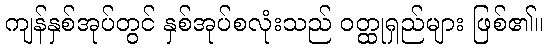
ကျန်နှစ်အုပ်တွင် နှစ်အုပ်စလုံးသည် ဝတ္ထုရှည်များ ဖြစ်၏။